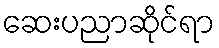
ဆေးပညာဆိုင်ရာ